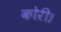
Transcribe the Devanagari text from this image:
कोरी।